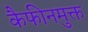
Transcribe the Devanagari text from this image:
कैफीनमुक्त